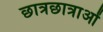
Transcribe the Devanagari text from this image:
छात्रछात्राओं